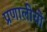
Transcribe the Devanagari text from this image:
प्रणालीयो